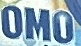
OMO